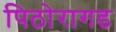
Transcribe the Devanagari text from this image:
पिठोरागड